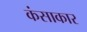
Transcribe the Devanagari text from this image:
कंसाकार